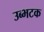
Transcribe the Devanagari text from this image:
उब्भटक